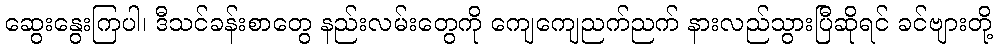
ဆွေးနွေးကြပါ၊ ဒီသင်ခန်းစာတွေ နည်းလမ်းတွေကို ကျေကျေညက်ညက် နားလည်သွားပြီဆိုရင် ခင်ဗျားတို့